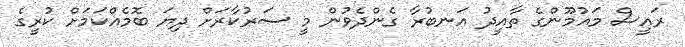
ރައީސް މައުމޫންގެ ތާއީދު އަނބުރާ ގެންދެވުން މީ ސަރުކާރަށް ދިޔަ ބޮމެއްކަމަށް ކުރީގެ